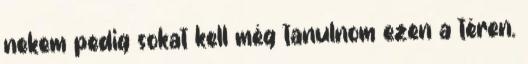
nekem pedig sokat kell még tanulnom ezen a téren.